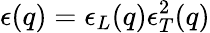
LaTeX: \epsilon(q)=\epsilon_{L}(q)\epsilon_{T}^{2}(q)